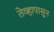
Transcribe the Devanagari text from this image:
तेव्हापासुन